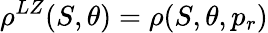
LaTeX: \rho^{LZ}(S,\theta)=\rho(S,\theta,p_{r})